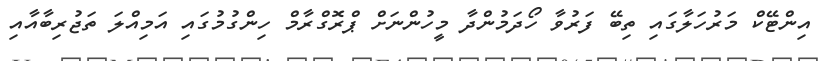
އިންޓޭކް މަރުހަލާގައި ތިބޭ ފަރުވާ ހޯދަމުންދާ މީހުންނަށް ޕްރޮގްރާމް ހިންގުމުގައި އަމިއްލަ ތަޖުރިބާއާއި